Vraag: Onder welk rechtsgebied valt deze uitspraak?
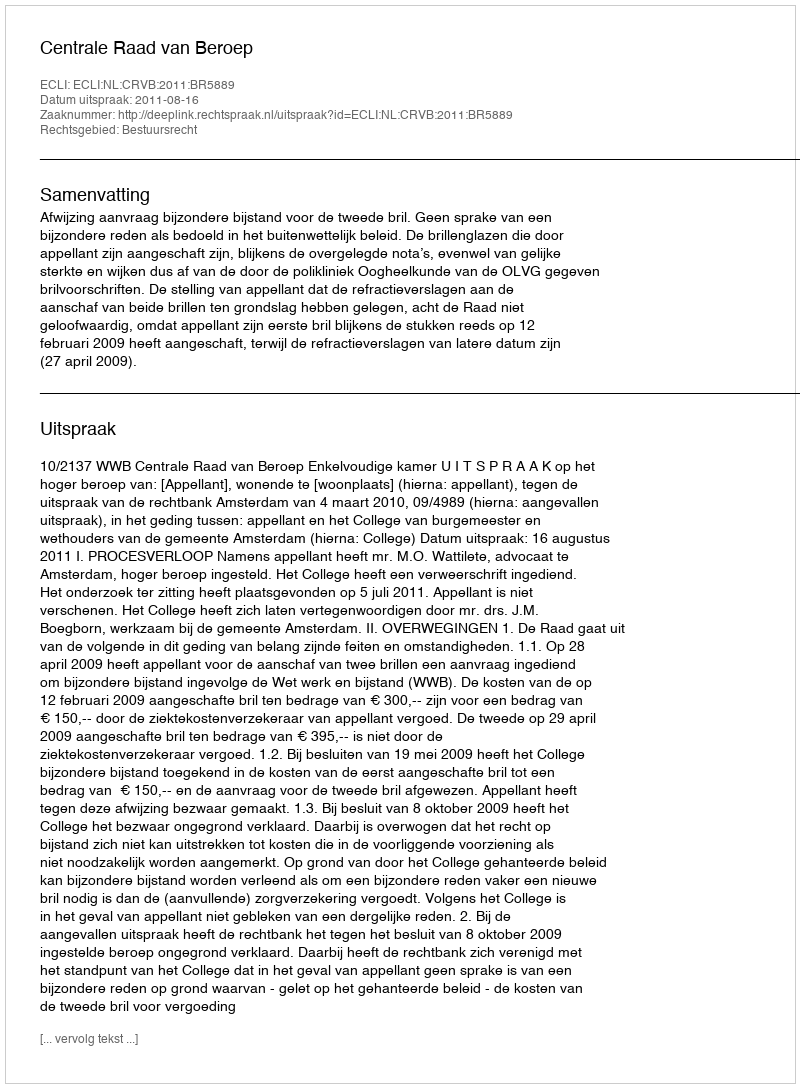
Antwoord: Bestuursrecht